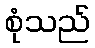
စုံသည်